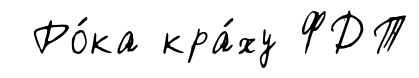
Ро́ка кра́ху ФДТ